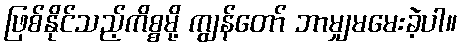
ဖြစ်နိုင်သည့်ကိစ္စမို့ ကျွန်တော် ဘာမျှမမေးခဲ့ပါ။